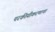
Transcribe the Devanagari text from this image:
परकीयीकरणाचा